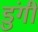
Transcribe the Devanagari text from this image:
डुंगी